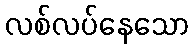
လစ်လပ်နေသော